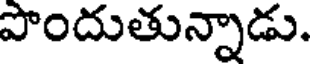
పొందుతున్నాడు.